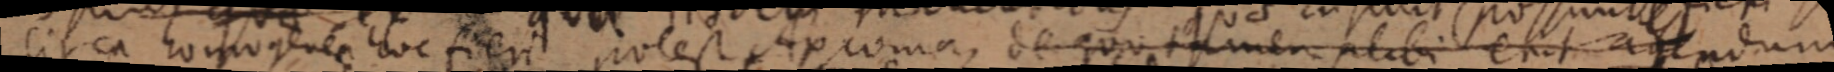
cil ca hoctiogenee hoc fien procest cuixpoma, bequatinem plrbi erit adendum